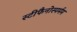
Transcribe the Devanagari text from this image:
स्टीफैनोस्पर्मम